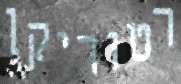
רטוריקן